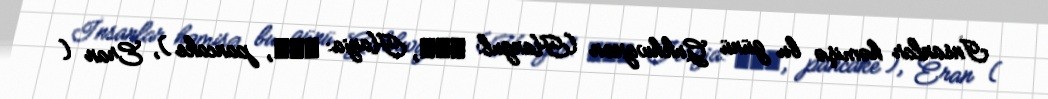
İnsanlar həmişə bu günü Gukhwajeon (Hangul: 국화전, Hanja: 菊花煎, pancake ), Eran (